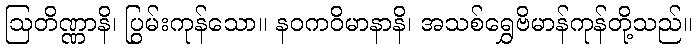
ဩတိဏ္ဏာနိ၊ ပြွမ်းကုန်သော။ နဝကဝိမာနာနိ၊ အသစ်ရွှေဗိမာန်ကုန်တို့သည်။